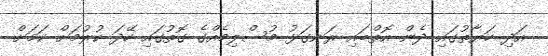
އަދި ހަޔާތުގައި ދެން އޮތްބައި ރަނގަޅު މުސްލިމެއްގެ ގޮތުގައި ހޭދަ ކުރުމަށް ކަމަށް